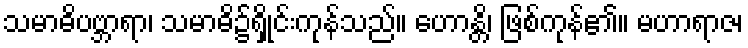
သမာဓိပဗ္ဘာရာ၊ သမာဓိ၌ရှိုင်းကုန်သည်။ ဟောန္တိ၊ ဖြစ်ကုန်၏။ မဟာရာဇ၊